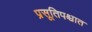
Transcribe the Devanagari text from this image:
प्रसूतिपश्चात